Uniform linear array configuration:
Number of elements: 16
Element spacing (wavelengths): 1
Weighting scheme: hamming
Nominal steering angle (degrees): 30
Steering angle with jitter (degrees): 31.839
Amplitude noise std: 0.05
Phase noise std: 0.05

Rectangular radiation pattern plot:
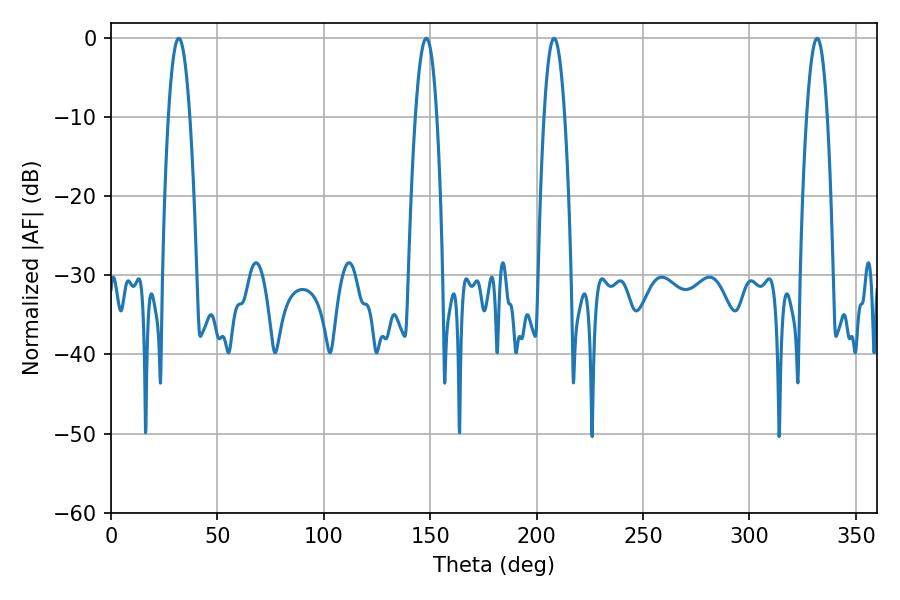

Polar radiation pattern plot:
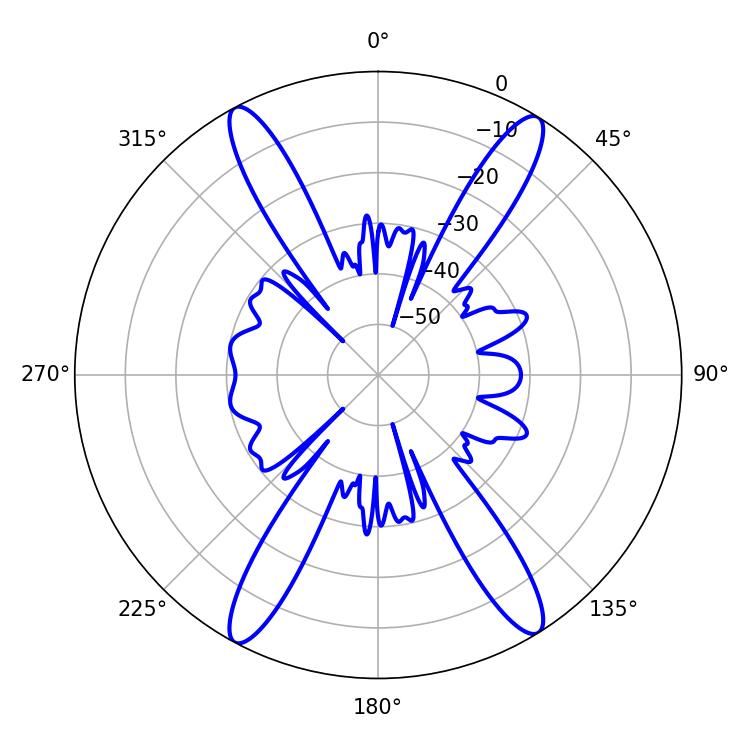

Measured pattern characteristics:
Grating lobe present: TRUE
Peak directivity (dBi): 21.279
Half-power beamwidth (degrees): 5.4
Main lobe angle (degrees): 31.86